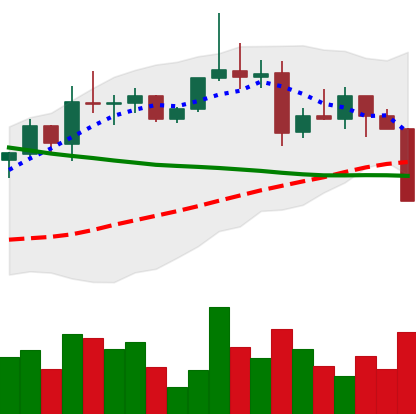
Ticker: XRP-USD
Chart end date: 2022-04-06
Forward return: -8.707%
Label: down_7plus